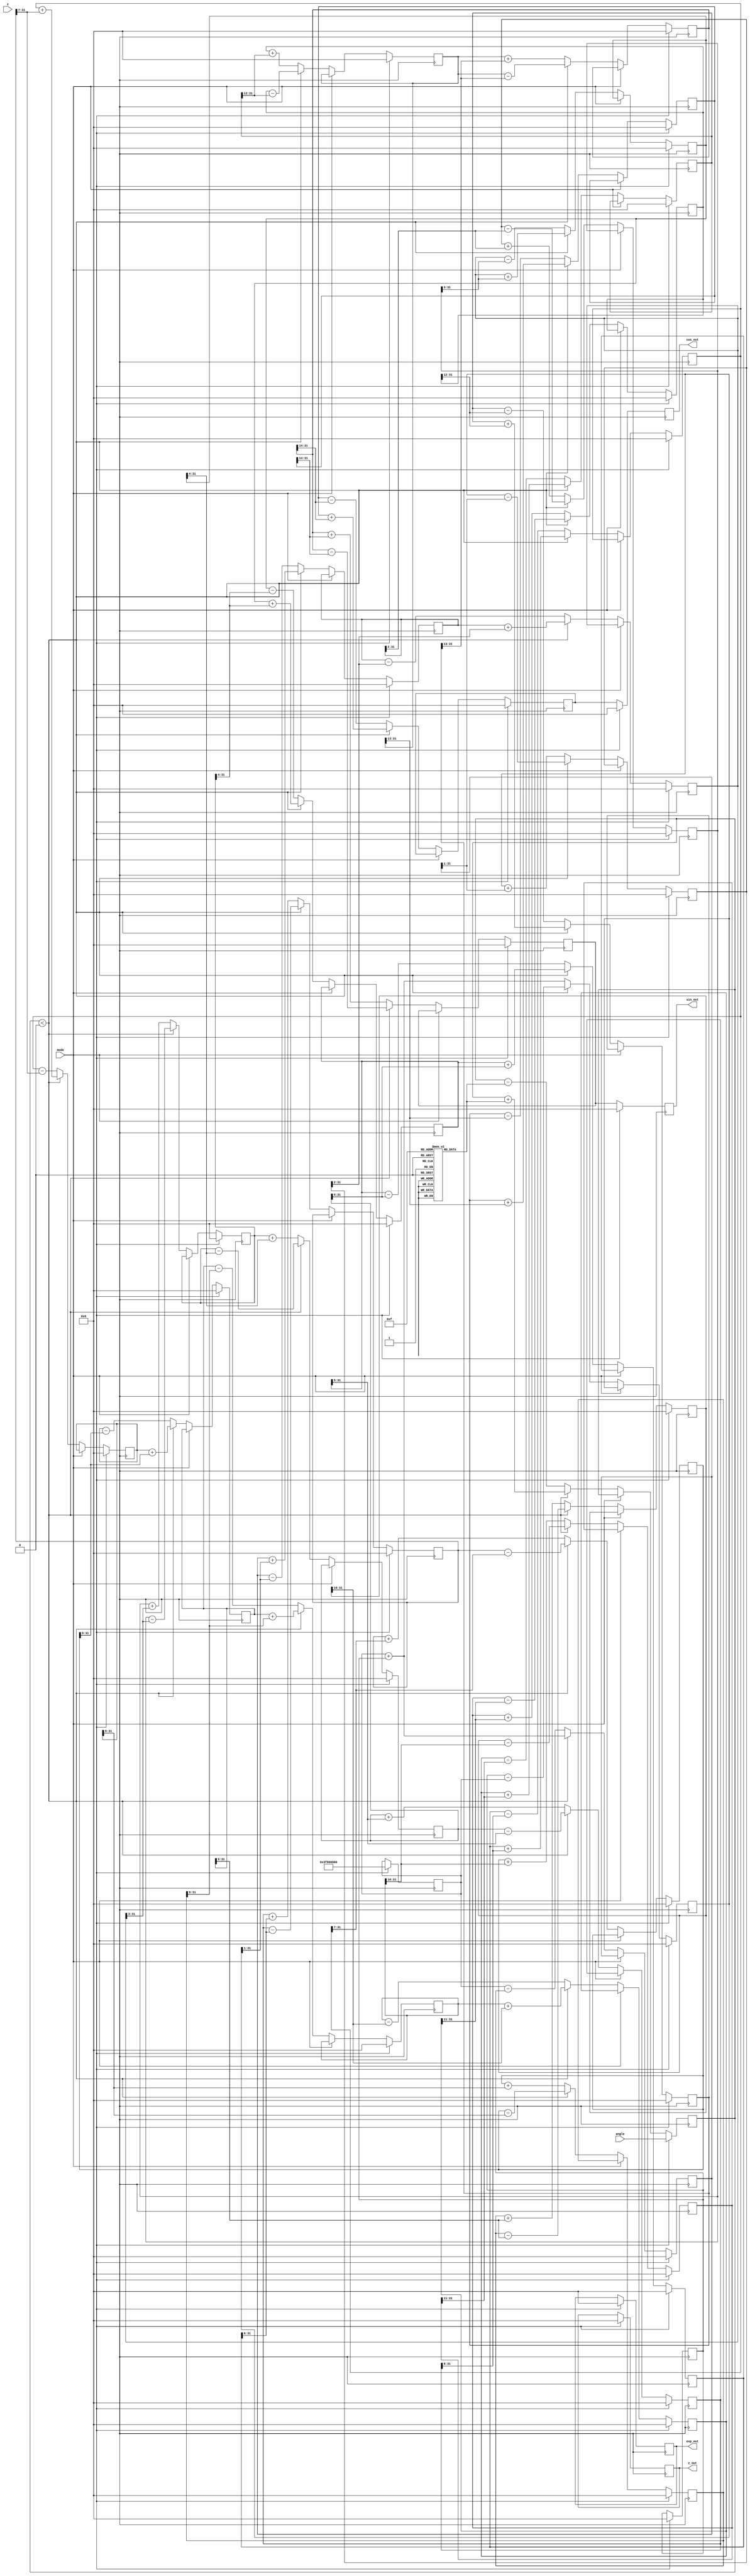
module floating_point_cordic (
    input wire [31:0] angle, // Floating-point angle input (in radians)
    input wire [31:0] z,     // Vector input in floating-point
    input wire mode,         // Mode: 0 for rotation, 1 for vectoring
    output reg [31:0] sin_out, // Sine output
    output reg [31:0] cos_out, // Cosine output
    output reg [31:0] exp_out,  // Exponential output
    output reg [31:0] z_out     // Output for vectoring result
);

    // Define constants for CORDIC
    parameter NUM_ITERATIONS = 16; // Number of iterations
    reg [31:0] x[0:NUM_ITERATIONS-1]; // X coordinate
    reg [31:0] y[0:NUM_ITERATIONS-1]; // Y coordinate
    reg [31:0] z_reg;                // Z register for vectoring
    reg [31:0] angle_rom[0:NUM_ITERATIONS-1]; // Lookup table for angles
    reg [31:0] gain[0:NUM_ITERATIONS-1]; // Lookup table for gains
    integer i;                       // Loop index

    // Initialize angle and gain lookup tables (hypothetical values)
    initial begin
        angle_rom[0] = 32'h00000000; // 0.0
        angle_rom[1] = 32'h3F19999A; // atan(1/2^1)
        // Add other angle values...
        
        gain[0] = 32'h3F800000; // 1.0
        gain[1] = 32'h3F2AAAAB; // gain for first iteration
        // Add other gain values...
    end

    // CORDIC main computation
    always @(posedge clk) begin
        if (reset) begin
            // Reset outputs and registers
            sin_out <= 32'b0;
            cos_out <= 32'b0;
            exp_out <= 32'b0;
            z_out <= 32'b0;
            x[0] <= 32'h3F800000; // 1.0 in floating-point
            y[0] <= 32'b0;
            z_reg <= angle;

            for (i = 1; i < NUM_ITERATIONS; i = i + 1) begin
                x[i] <= 32'b0;
                y[i] <= 32'b0;
            end
        end else begin
            for (i = 0; i < NUM_ITERATIONS; i = i + 1) begin
                // CORDIC rotation or vectoring logic
                if (mode == 0) begin // Rotation
                    if (z_reg < 0) begin
                        // Perform rotation
                        x[i+1] <= x[i] + (y[i] >> i);
                        y[i+1] <= y[i] - (x[i] >> i);
                        z_reg <= z_reg + angle_rom[i];
                    end else begin
                        x[i+1] <= x[i] - (y[i] >> i);
                        y[i+1] <= y[i] + (x[i] >> i);
                        z_reg <= z_reg - angle_rom[i];
                    end
                end else if (mode == 1) begin // Vectoring
                    // Implement vectoring logic
                end
            end
            
            // Final outputs
            sin_out <= y[NUM_ITERATIONS-1];
            cos_out <= x[NUM_ITERATIONS-1];
            // Handle exp_out and z_out as needed
        end
    end

endmodule